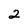
Character: 2